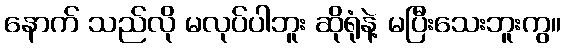
နောက် သည်လို မလုပ်ပါဘူး ဆိုရုံနဲ့ မပြီးသေးဘူးကွ။